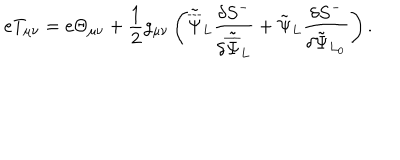
e T _ { \mu \nu } = e \Theta _ { \mu \nu } + \frac { 1 } { 2 } g _ { \mu \nu } \left( { \tilde { \overline { { \Psi } } } } _ { L } \frac { \delta { S } ^ { - } } { \delta { \tilde { \overline { { \Psi } } } } _ { L } } + { \tilde { \Psi } } _ { L } \frac { \delta { S } ^ { - } } { \delta { \tilde { \Psi } } _ { L _ { 0 } } } \right) .